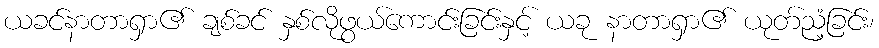
ယခင်နာတာရှာ၏ ချစ်ခင် နှစ်လိုဖွယ်ကောင်းခြင်းနှင့် ယခု နာတာရှာ၏ ယုတ်ညံ့ခြင်း၊